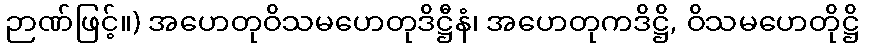
ဉာဏ်ဖြင့်။) အဟေတုဝိသမဟေတုဒိဋ္ဌီနံ၊ အဟေတုကဒိဋ္ဌိ, ဝိသမဟေတိုဋ္ဌိ